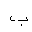
Letter: _ba